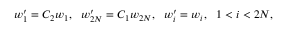
w _ { 1 } ^ { \prime } = C _ { 2 } w _ { 1 } , ~ ~ w _ { 2 N } ^ { \prime } = C _ { 1 } w _ { 2 N } , ~ ~ w _ { i } ^ { \prime } = w _ { i } , ~ ~ 1 < i < 2 N ,